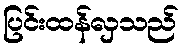
ပြင်းထန်လှသည်